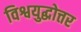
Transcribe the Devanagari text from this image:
विश्वयुद्धोत्तर